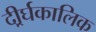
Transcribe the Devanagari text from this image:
दीर्र्घकालिक